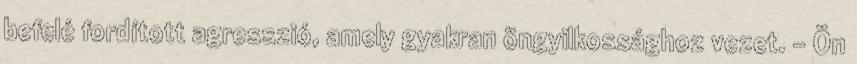
befelé fordított agresszió, amely gyakran öngyilkossághoz vezet. – Ön